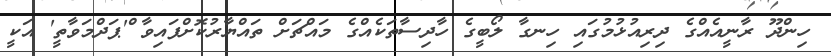
ހިންދޫ ރާނީއެއްގެ ދިރިއުޅުމުގައި ހިނގާ ލޯބީގެ ހާދިސާތަކެއްގެ މައްޗަށް ތައްޔާރުކޮށްފައިވާ ް'ޕަދްމަވާތީ' އަކީ